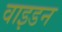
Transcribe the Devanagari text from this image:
वाइडन